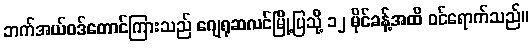
ဘက်အယ်ဝဒ်တောင်ကြားသည် ဂျေရုဆလင်မြို့ပြသို့ ၁၂ မိုင်ခန့်အထိ ဝင်ရောက်သည်။